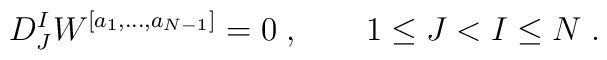
D^I_J W^{[a_1,\ldots,a_{N-1}]} = 0\;, \qquad 1\leq J < I \leq N\;.